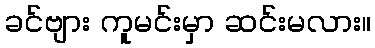
ခင်ဗျား ကူမင်းမှာ ဆင်းမလား။